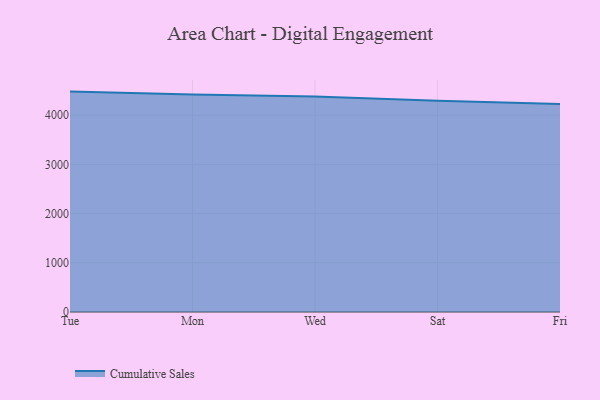
{"axis": {"x": "Day", "y": "Population (Million)"}, "legend": ["Cumulative Sales"], "data": [{"x": "Tue", "y": 4479.7, "type": "Cumulative Sales"}, {"x": "Mon", "y": 4420.8, "type": "Cumulative Sales"}, {"x": "Wed", "y": 4378.9, "type": "Cumulative Sales"}, {"x": "Sat", "y": 4296.2, "type": "Cumulative Sales"}, {"x": "Fri", "y": 4230.0, "type": "Cumulative Sales"}]}